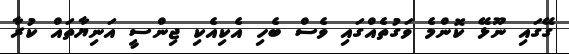
ގޭގައި ނޫޅޭ ކޮންމެ ވަގުތެއްގައި ވެސް ބެހި އެކިއެކި ޖިންސީ އަނިޔާތައް ކުރާ